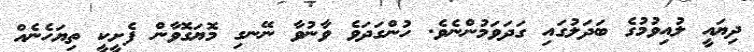
ދިޔައީ ލުއިވުމުގެ ބަދަލުގައި ގަދަވަމުންނެވެ. ހުންގަދަވެ ވާނުވާ ނޭނގި މޮޔަގޮވާން ފެށީކީ ތިޔަހެނެއް